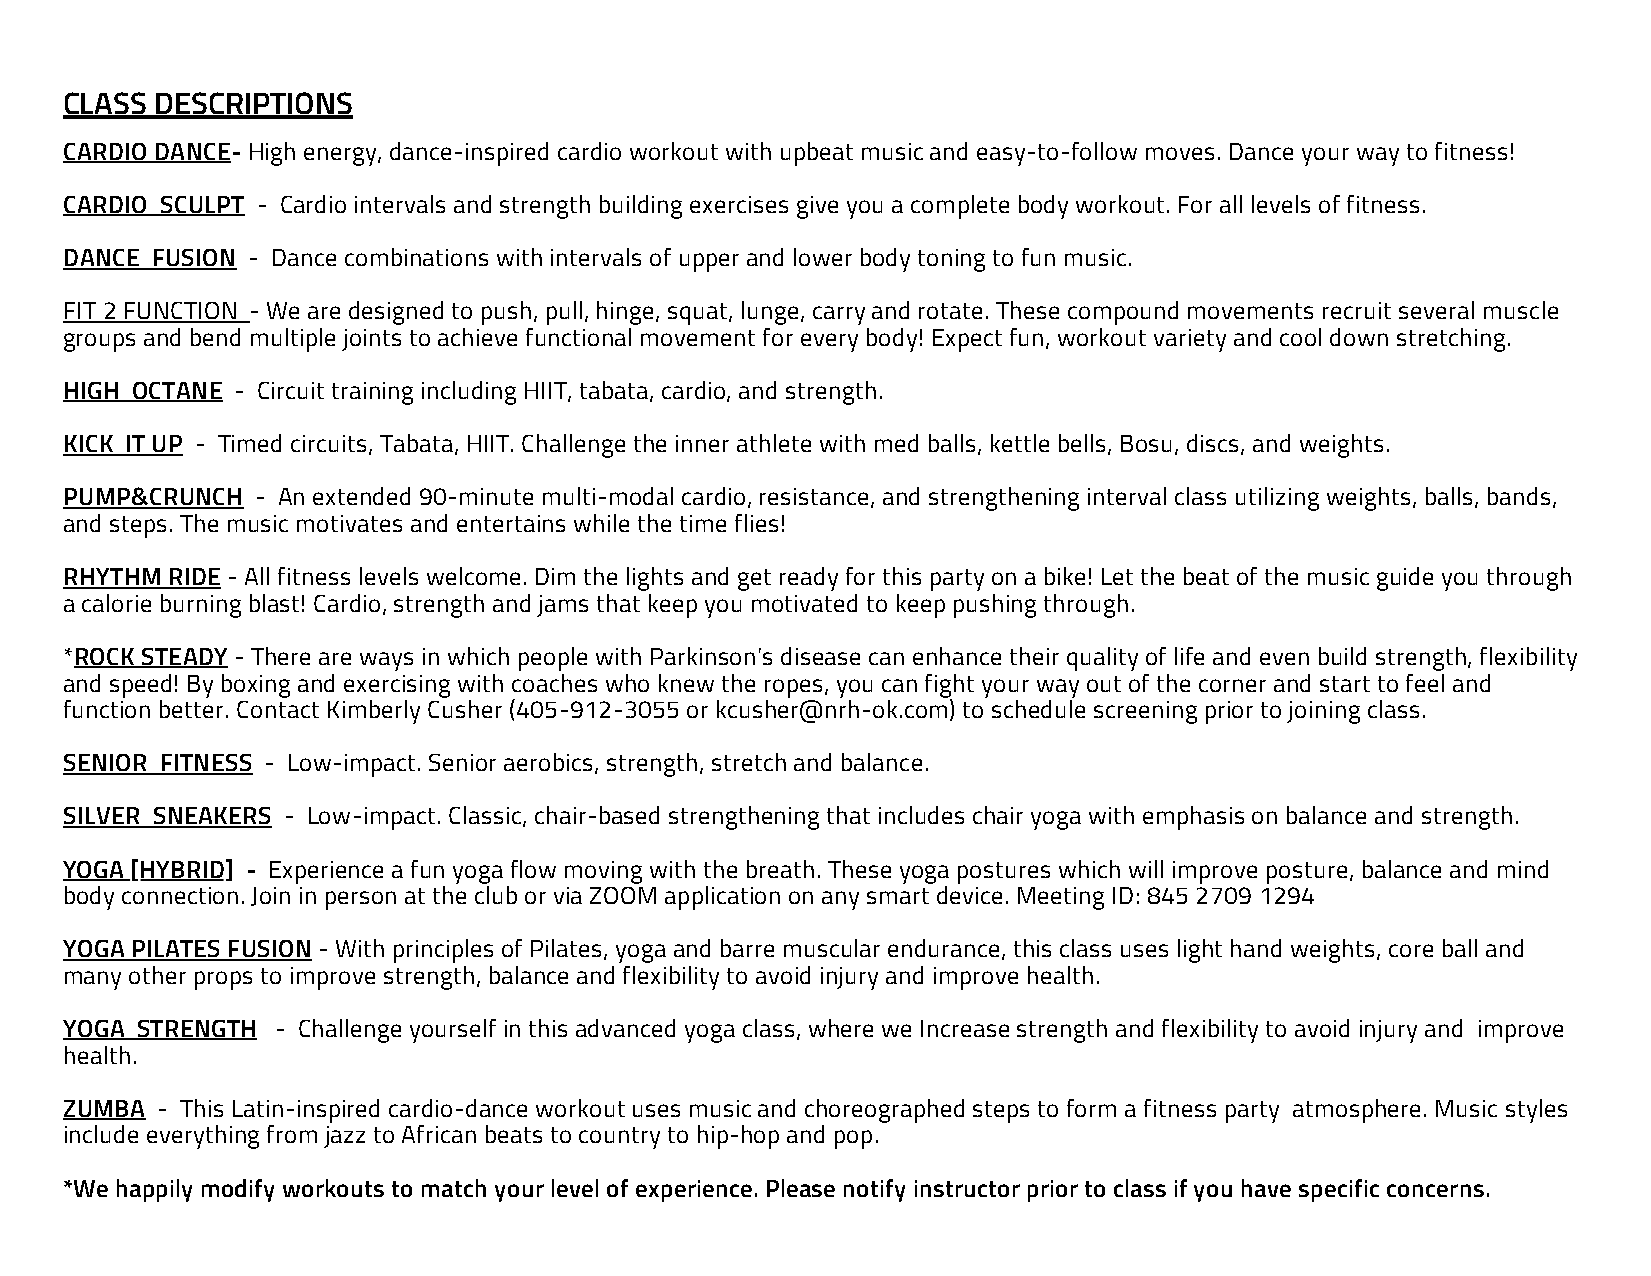
CLASS DESCRIPTIONS
 CARDIO DANCE- High energy, dance-inspired cardio workout with upbeat music and easy-to-follow moves. Dance your way to fitness!
 CARDIO SCULPT - Cardio intervals and strength building exercises give you a complete body workout. For all levels of fitness.
 DANCE FUSION - Dance combinations with intervals of upper and lower body toning to fun music.
 FIT 2 FUNCTION - We are designed to push, pull, hinge, squat, lunge, carry and rotate. These compound movements recruit several muscle
 groups and bend multiple joints to achieve functional movement for every body! Expect fun, workout variety and cool down stretching.
 HIGH OCTANE - Circuit training including HIIT, tabata, cardio, and strength.
 KICK IT UP - Timed circuits, Tabata, HIIT. Challenge the inner athlete with med balls, kettle bells, Bosu, discs, and weights.
 PUMP&CRUNCH  - An extended 90-minute multi-modal cardio, resistance, and strengthening interval class utilizing weights, balls, bands,
 and steps. The music motivates and entertains while the time flies!
 RHYTHM RIDE - All fitness levels welcome. Dim the lights and get ready for this party on a bike! Let the beat of the music guide you through
 a calorie burning blast! Cardio, strength and jams that keep you motivated to keep pushing through.
 *ROCK STEADY - There are ways in which people with Parkinson's disease can enhance their quality of life and even build strength, flexibility
 and speed! By boxing and exercising with coaches who knew the ropes, you can fight your way out of the corner and start to feel and
 function better. Contact Kimberly Cusher (405-912-3055 or kcusher@nrh-ok.com) to schedule screening prior to joining class.
 SENIOR FITNESS - Low-impact. Senior aerobics, strength, stretch and balance.
 SILVER SNEAKERS - Low-impact. Classic, chair-based strengthening that includes chair yoga with emphasis on balance and strength.
 YOGA [HYBRID] - Experience a fun yoga flow moving with the breath. These yoga postures which will improve posture, balance and mind
 body connection. Join in person at the club or via ZOOM application on any smart device. Meeting ID: 845 2709 1294
 YOGA PILATES FUSION - With principles of Pilates, yoga and barre muscular endurance, this class uses light hand weights, core ball and
 many other props to improve strength, balance and flexibility to avoid injury and improve health.
 YOGA STRENGTH - Challenge yourself in this advanced yoga class, where we Increase strength and flexibility to avoid injury and improve
 health.
 ZUMBA - This Latin-inspired cardio-dance workout uses music and choreographed steps to form a fitness party atmosphere. Music styles
 include everything from jazz to African beats to country to hip-hop and pop.
 *We happily modify workouts to match your level of experience. Please notify instructor prior to class if you have specific concerns.